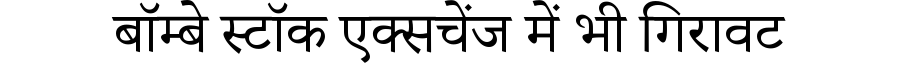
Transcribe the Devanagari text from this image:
बॉम्बे स्टॉक एक्सचेंज में भी गिरावट